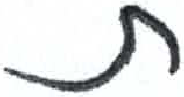
אות: ת